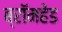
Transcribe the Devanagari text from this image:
ब्रॉमहेड